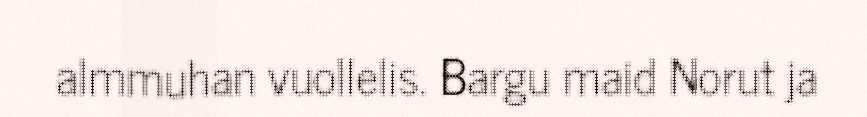
almmuhan vuollelis. Bargu maid Norut ja